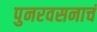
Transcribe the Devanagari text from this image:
पुनरवसनाचं